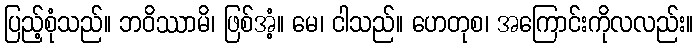
ပြည့်စုံသည်။ ဘဝိဿာမိ၊ ဖြစ်အံ့။ မေ၊ ငါသည်။ ဟေတုစ၊ အကြောင်းကိုလလည်း။